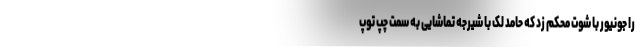
را جونیور با شوت محکم زد که حامد لک با شیرجه تماشایی به سمت چپ توپ